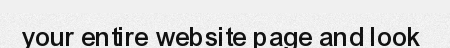
your entire website page and look